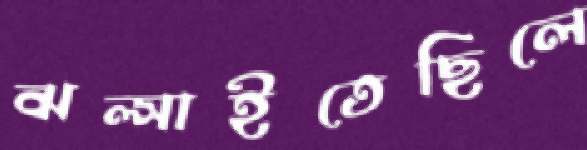
ঝল্‌সাইতেছিলে